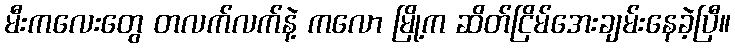
မီးကလေးတွေ တလက်လက်နဲ့ ကလော မြို့က ဆိတ်ငြိမ်အေးချမ်းနေခဲ့ပြီ။